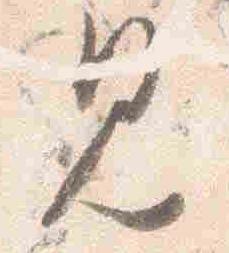
見